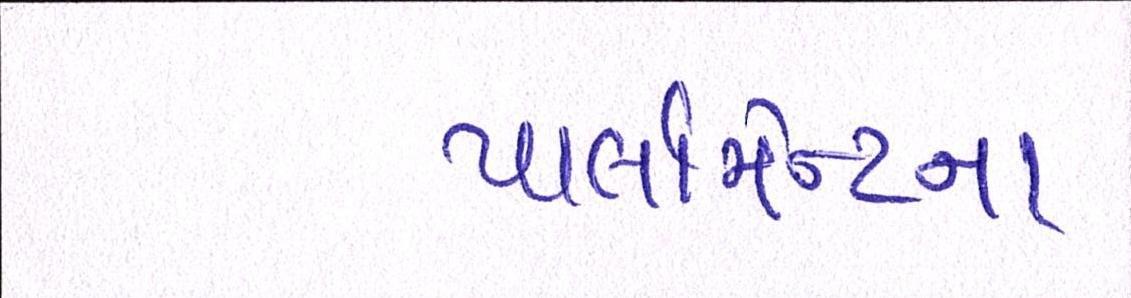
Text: પાર્લામેન્ટના